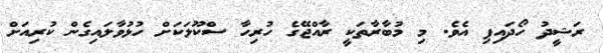
ރަޝީދު ހޯދައިފި އެވެ. މި މުބާރާތަކީ ރާއްޖޭގެ ހުރިހާ ސްކޫލަކަށް ހުޅުވާލައިގެން ކުރިއަށް